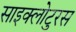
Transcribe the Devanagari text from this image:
साइक्लोटुरस